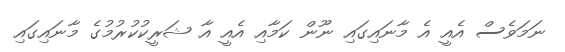
ނަމަވެސް އެއީ އެ މާނައިގައި ނޫން ކަމާއި އެއީ އާ ޝަރީކުކުރުމުގެ މާނައިގައި